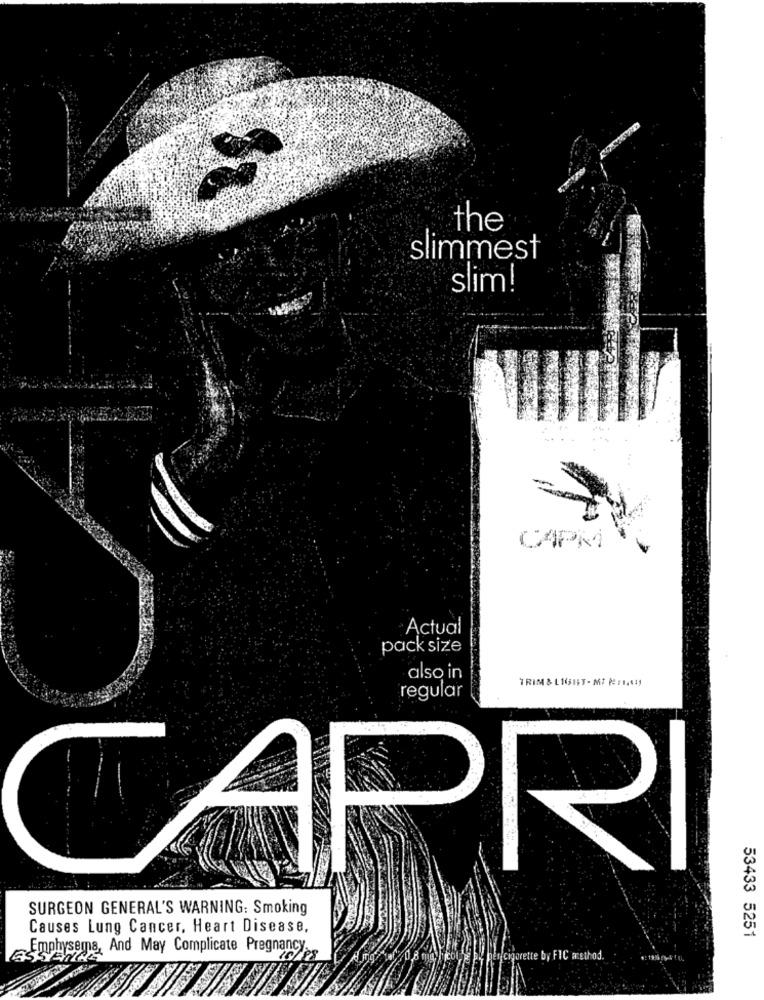
the
slimmest
slim!
CAPMI
Actual
pack size
also in
TRIM & LIGHT - MI ME:1,441
regular
APRI
SURGEON GENERAL'S WARNING: Smoking
Causes Lung Cancer, Heart Disease,
53433 5251
Emphysema, And May Complicate Pregnancy.
ESSEN
pe pen/cigarette by FIC acsthod.